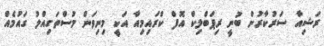
ރަޝިއާ ސަރުކާރުން ބުނީ ރިޕަބްލިކް އޮފް ކްރައިމިއާ އަކީ މިނިވަން މުސްތަގިއްލު ގައުމެއް